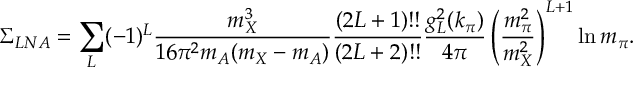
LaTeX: \Sigma _ { L N A } = \sum _ { L } ( - 1 ) ^ { L } { \frac { m _ { X } ^ { 3 } } { 1 6 \pi ^ { 2 } m _ { A } ( m _ { X } - m _ { A } ) } } { \frac { ( 2 L + 1 ) ! ! } { ( 2 L + 2 ) ! ! } } { \frac { g _ { L } ^ { 2 } ( k _ { \pi } ) } { 4 \pi } } \left( { \frac { m _ { \pi } ^ { 2 } } { m _ { X } ^ { 2 } } } \right) ^ { L + 1 } \ln m _ { \pi } .